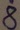
Text: 8